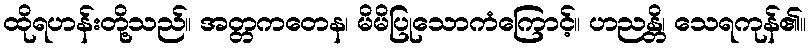
ထိုရဟန်းတို့သည်။ အတ္တကတေန၊ မိမိပြုသောကံကြောင့်။ ဟညန္တိ၊ သေရကုန်၏။